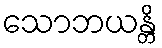
သောဘယန္တိ